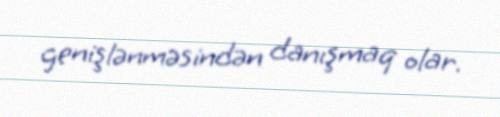
genişlənməsindən danışmaq olar.